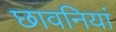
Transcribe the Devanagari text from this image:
छावनियां